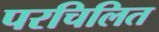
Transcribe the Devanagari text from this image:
परचिलित